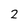
Character: 2